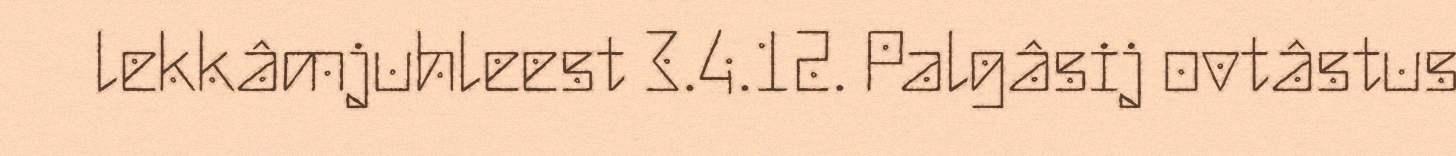
lekkâmjuhleest 3.4.12. Palgâsij ovtâstus